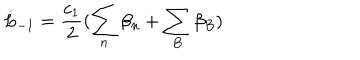
LaTeX: \dot { L } _ { - 1 } = \frac { c _ { 1 } } { 2 } ( \sum _ { n } \beta _ { n } + \sum _ { B } \beta _ { B } )